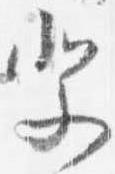
祭